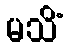
မသိံ